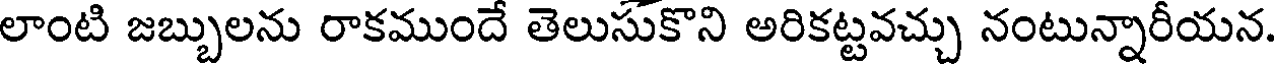
లాంటి జబ్బులను రాకముందే తెలుసుకొని అరికట్టవచ్చు నంటున్నారీయన